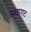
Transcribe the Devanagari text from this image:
सत्तागट